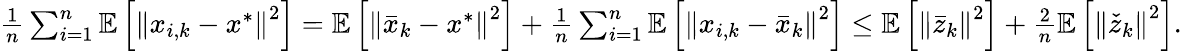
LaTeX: \begin{array}{r}{\frac{1}{n}\sum_{i=1}^{n}\mathbb{E}\left[\left\Vert x_{i,k}-x^{*}\right\Vert^{2}\right]=\mathbb{E}\left[\left\Vert\bar{x}_{k}-x^{*}\right\Vert^{2}\right]+\frac{1}{n}\sum_{i=1}^{n}\mathbb{E}\left[\left\Vert x_{i,k}-\bar{x}_{k}\right\Vert^{2}\right]\leq\mathbb{E}\left[\left\Vert\bar{z}_{k}\right\Vert^{2}\right]+\frac{2}{n}\mathbb{E}\left[\left\Vert\check{z}_{k}\right\Vert^{2}\right].}\end{array}